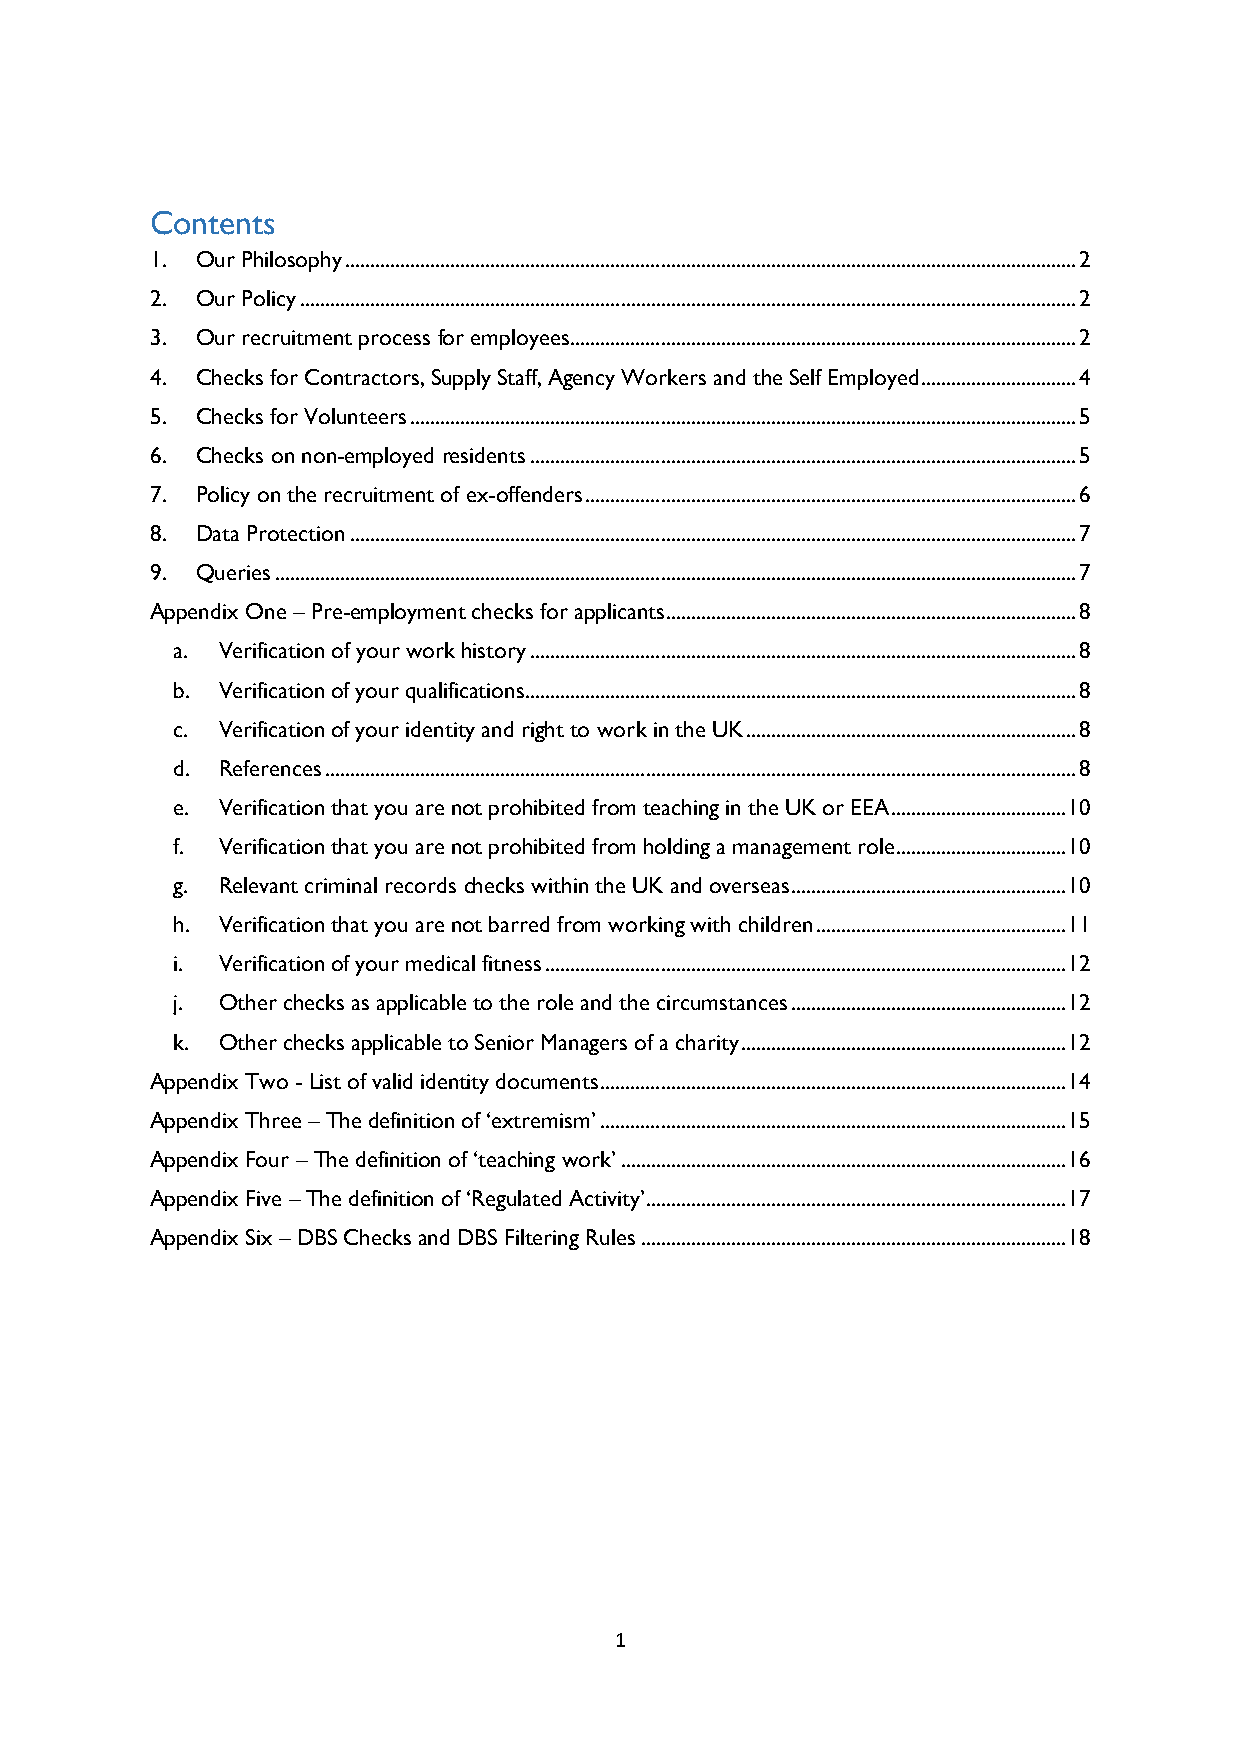
Contents
 1. Our Philosophy .................................................................................................................................................. 2
 2. Our Policy ........................................................................................................................................................... 2
 3. Our recruitment process for employees ..................................................................................................... 2
 4. Checks for Contractors, Supply Staff, Agency Workers and the Self Employed ............................... 4
 5. Checks for Volunteers ..................................................................................................................................... 5
 6. Checks on non-employed residents ............................................................................................................. 5
 7. Policy on the recruitment of ex-offenders .................................................................................................. 6
 8. Data Protection ................................................................................................................................................. 7
 9. Queries ................................................................................................................................................................ 7
 Appendix One – Pre-employment checks for applicants .................................................................................. 8
 a. Verification of your work history ............................................................................................................. 8
 b. Verification of your qualifications .............................................................................................................. 8
 c. Verification of your identity and right to work in the UK .................................................................. 8
 d. References ...................................................................................................................................................... 8
 e. Verification that you are not prohibited from teaching in the UK or EEA ................................... 10
 f. Verification that you are not prohibited from holding a management role .................................. 10
 g. Relevant criminal records checks within the UK and overseas ....................................................... 10
 h. Verification that you are not barred from working with children .................................................. 11
 i. Verification of your medical fitness ........................................................................................................ 12
 j. Other checks as applicable to the role and the circumstances ....................................................... 12
 k. Other checks applicable to Senior Managers of a charity ................................................................. 12
 Appendix Two - List of valid identity documents ............................................................................................. 14
 Appendix Three – The definition of ‘extremism’ ............................................................................................. 15
 Appendix Four – The definition of ‘teaching work’ ......................................................................................... 16
 Appendix Five – The definition of ‘Regulated Activity’.................................................................................... 17
 Appendix Six – DBS Checks and DBS Filtering Rules ..................................................................................... 18
 1